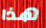
هذا